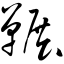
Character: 冁